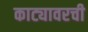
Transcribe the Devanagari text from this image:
काट्यावरची